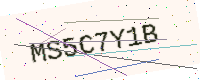
Text: MS5C7Y1B